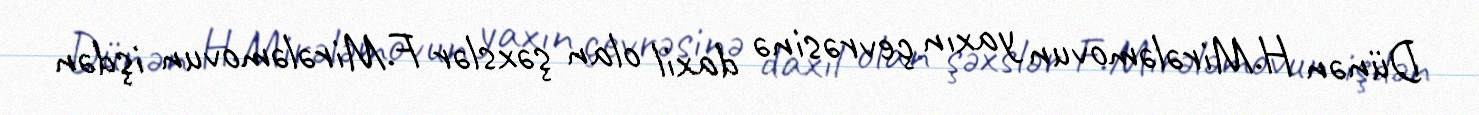
Dünən H.Mirələmovun yaxın çevrəsinə daxil olan şəxslər F.Mirələmovun işdən